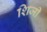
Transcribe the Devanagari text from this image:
शिजी